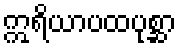
ဣရိယာပထပုစ္ဆာ